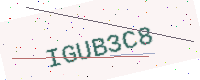
Text: IGUB3C8